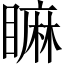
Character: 𥊚